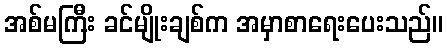
အစ်မကြီး ခင်မျိုးချစ်က အမှာစာရေးပေးသည်။